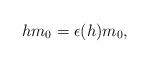
LaTeX: \begin{align*}hm_0=\epsilon(h)m_0,\end{align*}